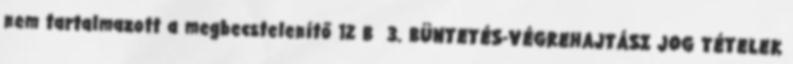
nem tartalmazott a megbecstelenítő 12 B 3. BÜNTETÉS-VÉGREHAJTÁSI JOG TÉTELEK